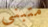
متبنى